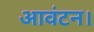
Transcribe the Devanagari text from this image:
आवंटन।